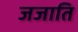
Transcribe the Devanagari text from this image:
जजाति